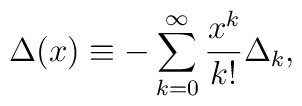
\Delta(x)\equiv-\sum_{k=0}^\infty {x^k\over k!}\Delta_k,